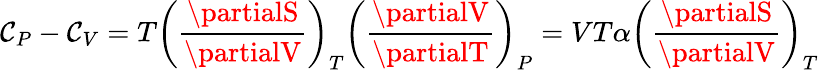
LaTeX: \mathcal{C}_{P}-\mathcal{C}_{V}=T\left({\frac{{\partialS}}{{\partialV}}}\right)_{T}\left({\frac{{\partialV}}{{\partialT}}}\right)_{P}=VT\alpha\left({\frac{{\partialS}}{{\partialV}}}\right)_{T}